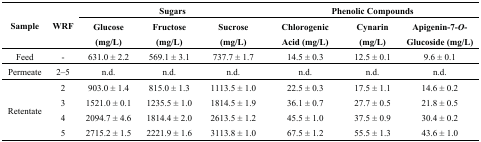
<table><thead><tr><td rowspan="2"><b>Sample</b></td><td rowspan="2"><b>WRF</b></td><td colspan="3"><b>Sugars</b></td><td colspan="3"><b>Phenolic Compounds</b></td></tr><tr><td><b>Glucose (mg/L)</b></td><td><b>Fructose (mg/L)</b></td><td><b>Sucrose (mg/L)</b></td><td><b>Chlorogenic Acid (mg/L)</b></td><td><b>Cynarin (mg/L)</b></td><td><b>Apigenin-7-<i>O</i>-Glucoside (mg/L)</b></td></tr></thead><tbody><tr><td>Feed</td><td>-</td><td>631.0 ± 2.2</td><td>569.1 ± 3.1</td><td>737.7 ± 1.7</td><td>14.5 ± 0.3</td><td>12.5 ± 0.1</td><td>9.6 ± 0.1</td></tr><tr><td>Permeate</td><td>2–5</td><td>n.d.</td><td>n.d.</td><td>n.d.</td><td>n.d.</td><td>n.d.</td><td>n.d.</td></tr><tr><td rowspan="4">Retentate</td><td>2</td><td>903.0 ± 1.4</td><td>815.0 ± 1.3</td><td>1113.5 ± 1.0</td><td>22.5 ± 0.3</td><td>17.5 ± 1.1</td><td>14.6 ± 0.2</td></tr><tr><td>3</td><td>1521.0 ± 0.1</td><td>1235.5 ± 1.0</td><td>1814.5 ± 1.9</td><td>36.1 ± 0.7</td><td>27.7 ± 0.5</td><td>21.8 ± 0.5</td></tr><tr><td>4</td><td>2094.7 ± 4.6</td><td>1814.4 ± 2.0</td><td>2613.5 ± 1.2</td><td>45.5 ± 1.0</td><td>37.5 ± 0.9</td><td>30.4 ± 0.2</td></tr><tr><td>5</td><td>2715.2 ± 1.5</td><td>2221.9 ± 1.6</td><td>3113.8 ± 1.0</td><td>67.5 ± 1.2</td><td>55.5 ± 1.3</td><td>43.6 ± 1.0</td></tr></tbody></table>